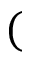
(